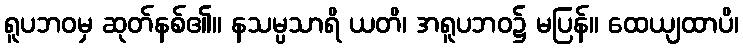
ရူပဘဝမှ ဆုတ်နစ်၏။ နသမ္ပသာရိ ယတိ၊ အရူပဘဝ၌ မပြန်။ ထေယျထာပိ၊